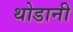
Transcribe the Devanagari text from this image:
थोडानी